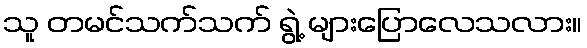
သူ တမင်သက်သက် ရွဲ့ များပြောလေသလား။